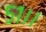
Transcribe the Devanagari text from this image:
५१।।